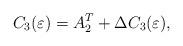
LaTeX: \begin{align*} C_{3}(\varepsilon)=A_{2}^{T}+\Delta C_{3}(\varepsilon),\end{align*}